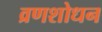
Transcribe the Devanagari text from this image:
व्रणशोधन